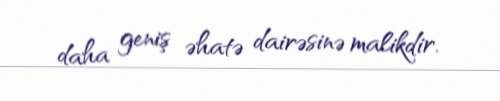
daha geniş əhatə dairəsinə malikdir.